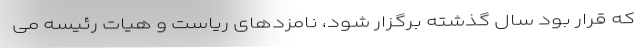
که قرار بود سال گذشته برگزار شود، نامزدهای ریاست و هیات رئیسه می‌